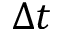
\Delta t